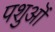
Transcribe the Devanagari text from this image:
पशुऒं